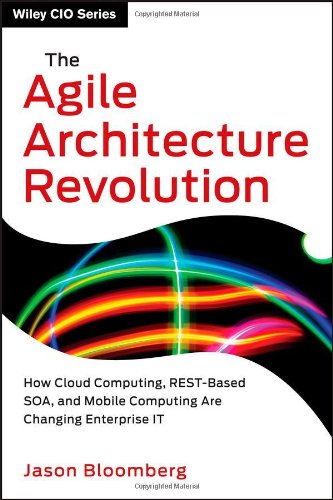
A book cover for The Agile Architecture Revolution: How Cloud Computing, REST-Based SOA, and Mobile Computing Are Changing Enterprise IT; Jason Bloomberg; Computers & Technology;